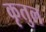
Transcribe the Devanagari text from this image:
कृतुल